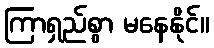
ကြာရှည်စွာ မနေနိုင်။